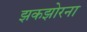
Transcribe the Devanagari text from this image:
झकझोरना